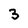
Character: 3